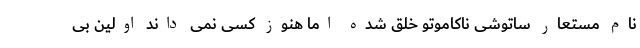
نام مستعار ساتوشی ناکاموتو خلق شده اما هنوز کسی نمی داند اولین بی